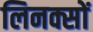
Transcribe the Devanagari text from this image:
लिनक्सों